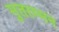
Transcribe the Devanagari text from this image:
मुतरम्मन